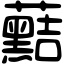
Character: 䕸